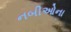
નબીઓના